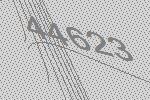
44623